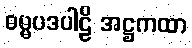
ဓမ္မပဒပါဠိ အဋ္ဌကထာ